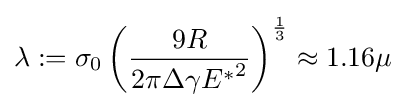
\lambda :=\sigma _{0}\left({\frac {9R}{2\pi \Delta \gamma {E^{*}}^{2}}}\right)^{\frac {1}{3}}\approx 1.16\mu